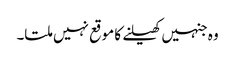
وہ جنہیں کھیلنے کا موقع نہیں ملتا۔